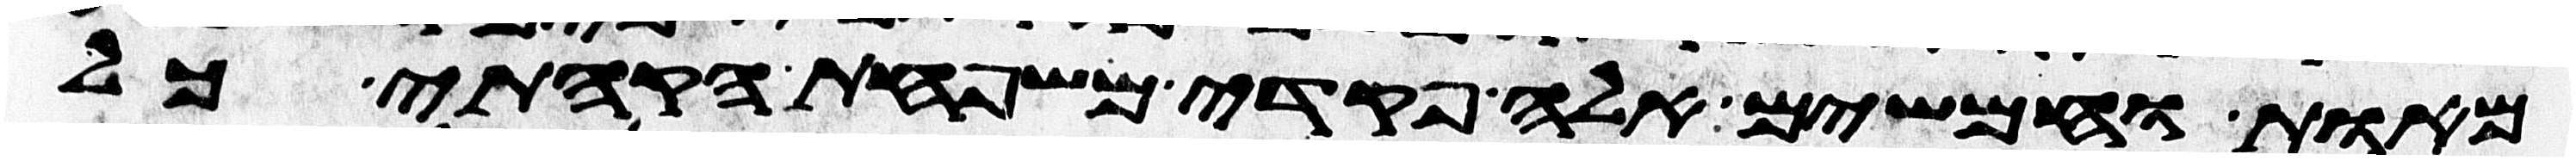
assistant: מאות וחמשים אלה פקדי משפחת הקהתי כל